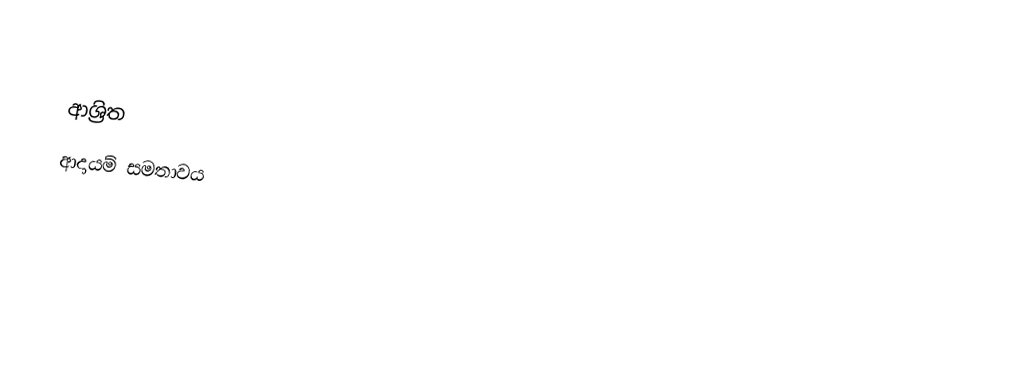

ආශ්‍රිත
 ආදායම් සමතාවය